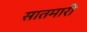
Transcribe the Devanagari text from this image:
सातमारी